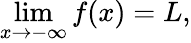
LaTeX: \operatorname*{lim}_{x\to-\infty}f(x)=L,